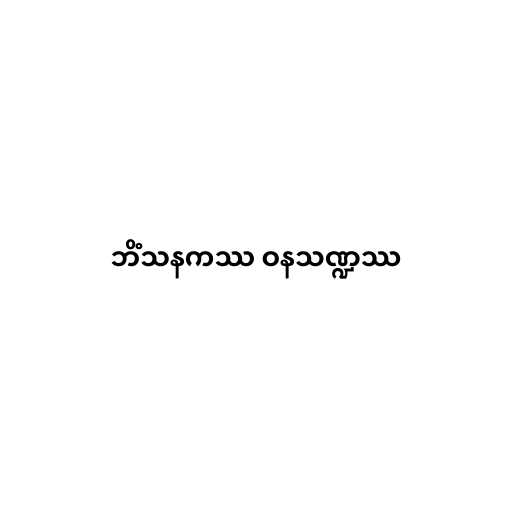
ဘိံသနကဿ ဝနသဏ္ဍဿ